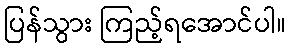
ပြန်သွား ကြည့်ရအောင်ပါ။